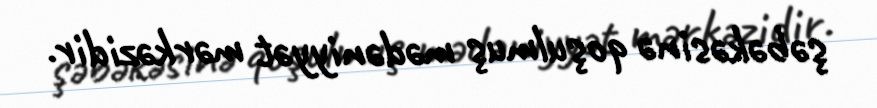
şəbəkəsinə qoşulmuş mədəniyyət mərkəzidir.